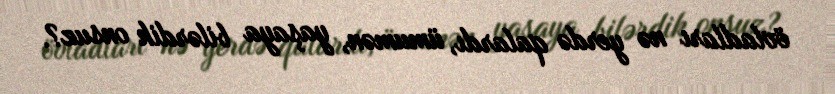
övladları nə yerdə qalardı, ümumən, yaşaya bilərdik onsuz?.